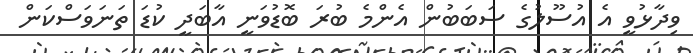
ވިދާޅުވީ އެ އުސޫލުގެ ސަބަބުން އެންމެ ބުރަ ބޮޑުވަނީ އާބަދީ ކުޑަ ތަނަވަސްކަން